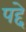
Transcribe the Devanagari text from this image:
पद्दे